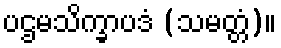
ပဌမသိက္ခာပဒံ (သမတ္တံ)။